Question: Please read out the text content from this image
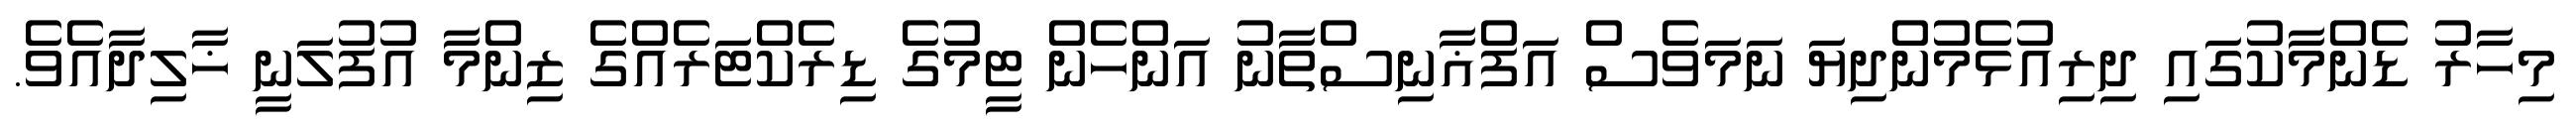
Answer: މިހާރު ޑެންމާކުގައި ދިރިއުޅެމުންދިޔަ ނަމަވެސް އަފްޣާނިސްތާނު އަންހެން ޓީމުގެ ޑިރެކްޓަރެއްގެ ޒިންމާ އުފުލަނީ ޚާލިދާއެވެ.